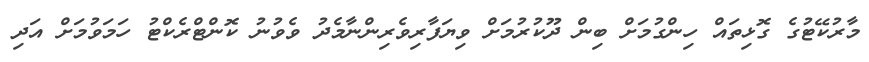
މާރުކޭޓުގެ ގޮޅިތައް ހިންގުމަށް ބިން ދޫކުރުމަށް ވިޔަފާރިވެރިންނާމެދު ވެވުނު ކޮންޓްރެކްޓު ހަމަވުމަށް އަދި